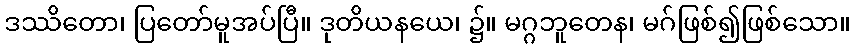
ဒဿိတော၊ ပြတော်မူအပ်ပြီ။ ဒုတိယနယေ၊ ၌။ မဂ္ဂဘူတေန၊ မဂ်ဖြစ်၍ဖြစ်သော။